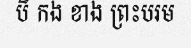
បី កង ខាង ព្រះបរម